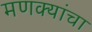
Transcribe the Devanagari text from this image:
मणक्यांचा